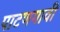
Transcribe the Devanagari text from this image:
पाटणगावी